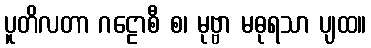
ပူတိလတာ ဂဠောစီ စ၊ မုဗ္ဗာ မဓုရသာ ပျထ။